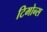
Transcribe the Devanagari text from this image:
टिमोन्स